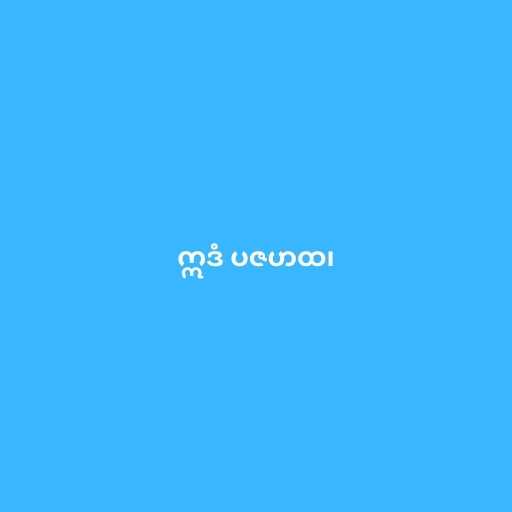
ဣဒံ ပဇဟထ၊